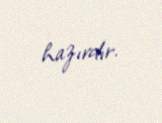
hazırdır.